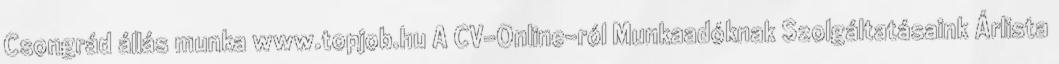
Csongrád állás munka www.topjob.hu A CV-Online-ról Munkaadóknak Szolgáltatásaink Árlista